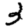
Digit: 3